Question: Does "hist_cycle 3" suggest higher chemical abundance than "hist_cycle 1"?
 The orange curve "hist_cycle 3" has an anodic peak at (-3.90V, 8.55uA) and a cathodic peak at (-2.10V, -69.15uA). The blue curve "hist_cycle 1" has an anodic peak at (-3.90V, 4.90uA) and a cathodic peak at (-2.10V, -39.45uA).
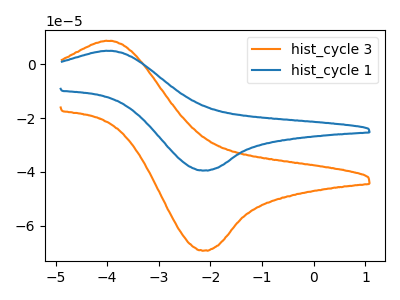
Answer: <think>All the peaks in "hist_cycle 3" have a peak in "hist_cycle 1" at the same potential. Every peak in "hist_cycle 3" is higher than every peak in "hist_cycle 1".
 </think>
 <answer>"hist_cycle 3" has more signal than "hist_cycle 1".</answer>
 <eval>more_signal</eval>